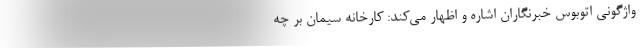
واژگونی اتوبوس خبرنگاران اشاره و اظهار می‌کند: کارخانه سیمان بر چه